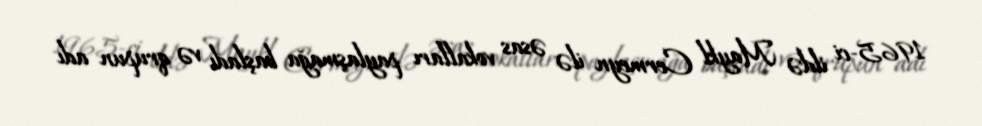
1965-ci ildə Maykl Cermeyn ilə əsas vokalları paylaşmağa başladı və qrupun adı